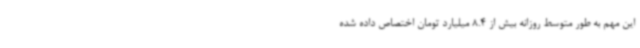
این مهم به طور متوسط روزانه بیش از 8.4 میلیارد تومان اختصاص داده شده